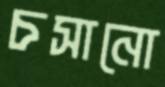
চসানো